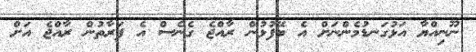
ނޫނިއްޔާ އަޅުގަނޑުމެންނަށް އެ ބޭފުޅުން ރާއްޖެ ގެނެސް އެ ފަރާތުން ރާއްޖެ އަށް